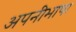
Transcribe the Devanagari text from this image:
अपनीभाषा